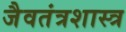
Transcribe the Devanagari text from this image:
जैवतंत्रशास्त्र